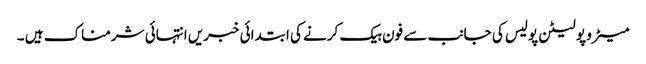
میٹرو پولیٹن پولیس کی جانب سے فون ہیک کرنے کی ابتدائی خبریں انتہائی شرمناک ہیں ۔